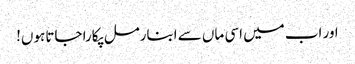
اور اب میں اسی ماں سے ابنارمل پکارا جاتا ہوں!